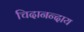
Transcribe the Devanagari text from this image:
चिदानन्दाय